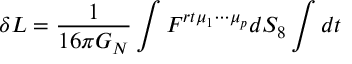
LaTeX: \delta L = { \frac { 1 } { 1 6 \pi G _ { N } } } \int F ^ { r t \mu _ { 1 } \cdots \mu _ { p } } d S _ { 8 } \int d t